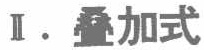
Ⅱ. 叠加式